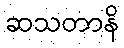
ဆသတာနိ